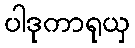
ပါဒုကာရုယှ